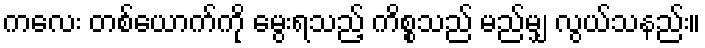
ကလေး တစ်ယောက်ကို မွေးရသည့် ကိစ္စသည် မည်မျှ လွယ်သနည်း။